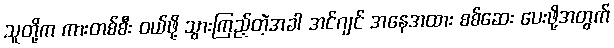
သူတို့က ကားတစ်စီး ဝယ်ဖို့ သွားကြည့်တဲ့အခါ အင်ဂျင် အနေအထား စစ်ဆေး ပေးဖို့အတွက်